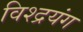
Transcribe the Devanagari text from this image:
विश्द्रयंग